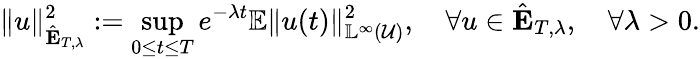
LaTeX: \Vert u\Vert_{\hat{\mathbf{E}}_{T,\lambda}}^{2}:=\underset{0\leq t\leq T}{\operatorname*{sup}}e^{-\lambda t}{\mathbb{E}\Vert u(t)\Vert_{\mathbb{L}^{\infty}(\mathcal{U})}^{2}},\quad\forall u\in\hat{\mathbf{E}}_{T,\lambda},\quad\forall\lambda>0.